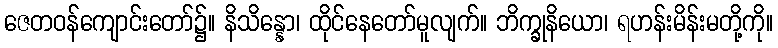
ဇေတဝန်ကျောင်းတော်၌။ နိသိန္နော၊ ထိုင်နေတော်မူလျက်။ ဘိက္ခုနိယော၊ ရဟန်းမိန်းမတို့ကို။